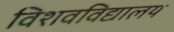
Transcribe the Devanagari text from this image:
विशवविद्यालय